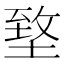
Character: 𡍶